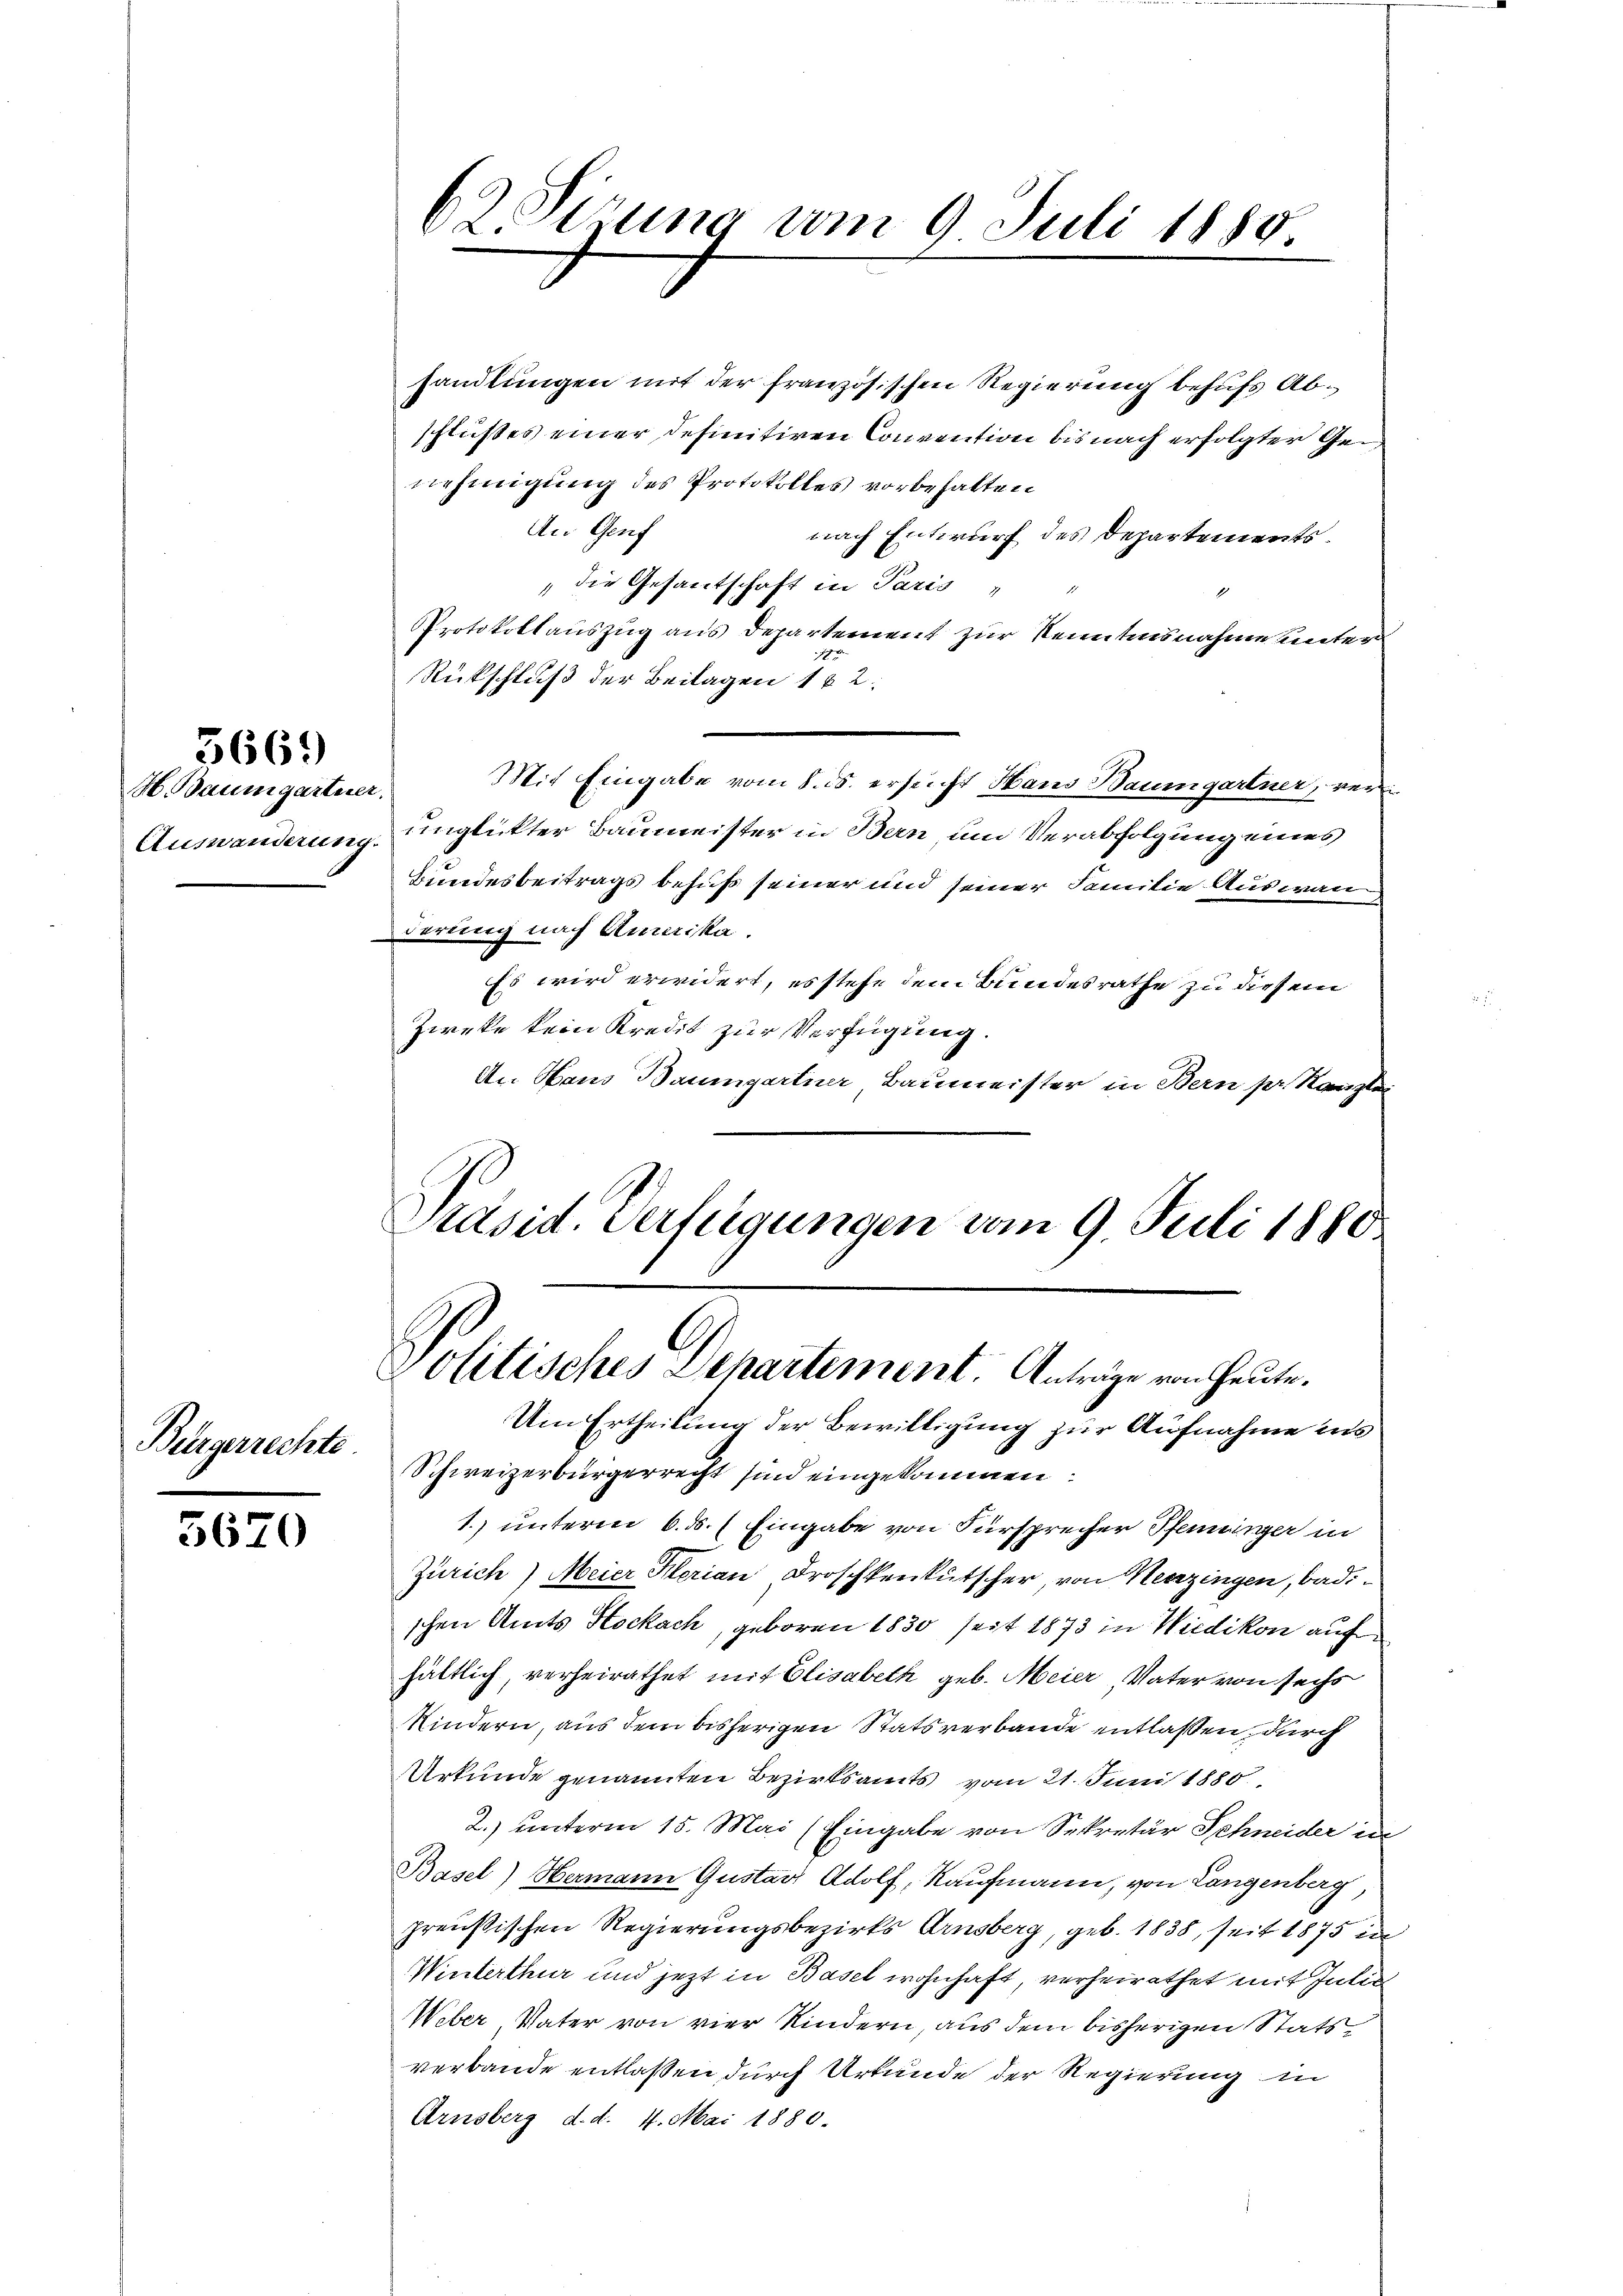
5669

H. Baumgartner,
Auswanderung.

Bürgerrechte.

5670

handlungen mit der französischen Regierung behufs Abschlußes einer definitiven Convention bis nach erfolgter Genehmigung des Protokolles vorbehalten
An Genf
nach Entwurf des Departements¬
 die Gesantschaft in Paris "
1
Protokollauszug aus Departement zur Kenntnisnahme unter
18
Rückschluß der Beilagen 162.
Mit Eingabe vom 8. ds. ersucht Haus Baumgartner, ver
unglückter Baumeister in Bern um Verabfolgung eines
Bundesbeitrags behuf seiner und seiner Familie Auswan
derung nach Amerika.
Es wird erwidert, es stehe dem Bundesrathe zu diesem
Zieke kein Kredit zur Verfügung.
An Haus Baumgartner Baumeister in Bern pr. Kanzlei
Präsid. Verfügungen vom 9. Juli 1880.

62 Sizung vom 9. Juli 1880

Politisches Departement. Anträge von Heute.
Um Ertheilung der Bewilligung zur Aufnahme ins
Schweizerbürgerrecht sind eingekommen

1.) unterm 6. d. Eingabe von Fürsprecher Pfenninger in
Zürich) Meier Klarian Droschkenkutscher, von Henzingen, badischen Amts Stockach, geboren 1830 seit 1873 in Wiedikon auf
hältlich, verheirathet mit Elisabeth geb. Meier Vater von sechs
Kindern, aus dem bisherigen Stats verbande entlaßen, durch
Urkunde genannten Bezirksamts vom 21. Juni 1880
2.) unterm 15. Mai (Eingabe von Sekretär Schneider in
Basel) Hermann Gustav Adolf, Kaufmann, von Langenberg,
preußischen Regierungsbezirks Arnsberg, geb. 1835, seit 1875 in
Winterthur und jetzt in Basel wohnhaft, verheirathet mit Inti
Weber Vater von vier Kindern, aus dem bisherigen Stats
verbande entlaßen durch Urkunde der Regierung in
Arnsberg d. d. 4. Mai 1880.